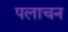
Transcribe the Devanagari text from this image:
पलाचन